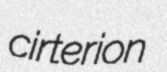
cirterion